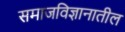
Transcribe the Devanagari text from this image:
समाजविज्ञानातील